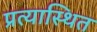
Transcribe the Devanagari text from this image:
प्रत्यास्थित